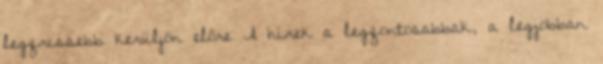
legfrissebb kerüljön előre A hírek a legfontosabbak, a legjobban